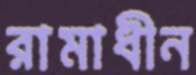
রামাধীন